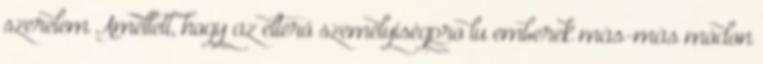
szerelem Amellett, hogy az eltérő személyiségproﬁlu emberek más-más módon